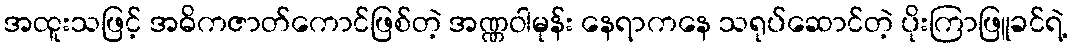
အထူးသဖြင့် အဓိကဇာတ်ကောင်ဖြစ်တဲ့ အဏ္ဏဝါမုန်း နေရာကနေ သရုပ်ဆောင်တဲ့ ပိုးကြာဖြူခင်ရဲ့